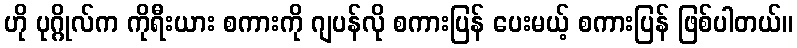
ဟို ပုဂ္ဂိုလ်က ကိုရီးယား စကားကို ဂျပန်လို စကားပြန် ပေးမယ့် စကားပြန် ဖြစ်ပါတယ်။